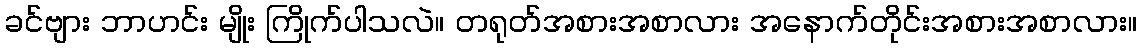
ခင်ဗျား ဘာဟင်း မျိုး ကြိုက်ပါသလဲ။ တရုတ်အစားအစာလား အနောက်တိုင်းအစားအစာလား။